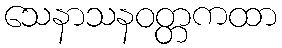
သေနာသနဝတ္တကထာ